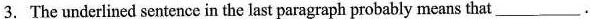
3.The urderlined sentence in the last paragaph probably means that___